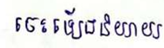
ចេះឡើងនិយាយ